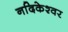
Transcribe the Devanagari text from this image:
नदिकेश्वर